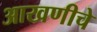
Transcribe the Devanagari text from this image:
आखणीचे